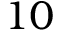
1 0